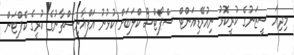
މިދިޔަ ސީޒަނުގެ ކުރީކޮޅު ނިއުރޭޑިއަންޓް ސްޕޯޓްސް ކްލަބަށް ކުޅުނު އަފްޣާނިސްތާނުގެ ކުރީގެ ކެޕްޓަން